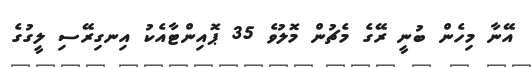
އޭނާ މިހެން ބުނީ ރޭގެ މެޗުން މޮލުވެ 35 ޕޮއިންޓާއެކު އިނގިރޭސި ލީގުގެ